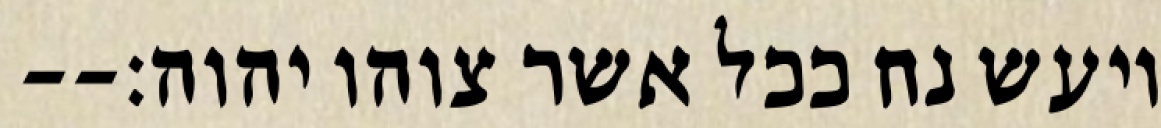
ויעש נח ככל אשר צוהו יהוה׃--